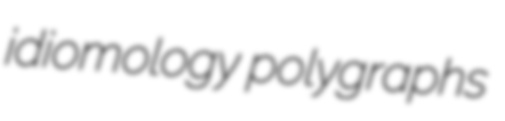
idiomology polygraphs